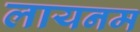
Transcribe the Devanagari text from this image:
लायनम